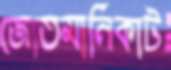
জোতমানিকাট